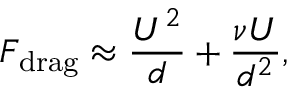
F _ { \mathrm { d r a g } } \approx \frac { U ^ { 2 } } { d } + \frac { \nu U } { d ^ { 2 } } ,